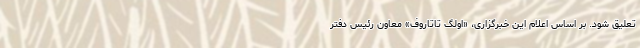
تعلیق شود. بر اساس اعلام این خبرگزاری، «اولگ تاتاروف» معاون رئیس دفتر